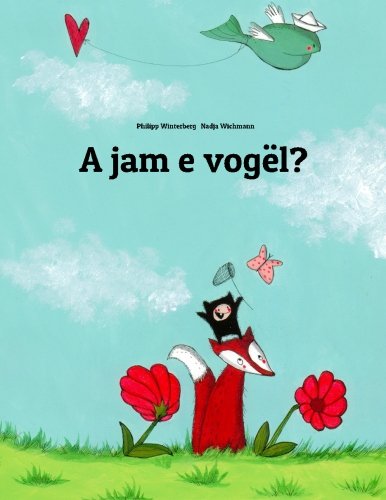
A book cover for A jam e vogÃ«l?: NjÃ« tregim me vizatime nga Philipp Winterberg dhe Nadia Wichmann (Albanian Edition); Philipp Winterberg; Children's Books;